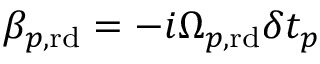
\beta _ { p , \mathrm { r d } } = - i \Omega _ { p , \mathrm { r d } } \delta t _ { p }